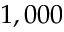
1 , 0 0 0